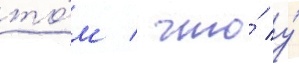
то́м / что́ у́